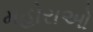
મહોરાઓ